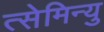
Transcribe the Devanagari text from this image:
त्सेमिन्यु